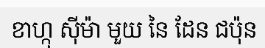
ខាហ្កុ ស៊ីម៉ា មួយ នៃ ដែន ជប៉ុន